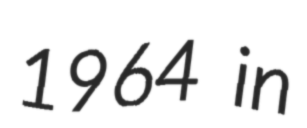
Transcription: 1964 in